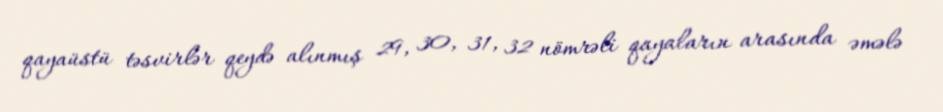
qayaüstü təsvirlər qeydə alınmış 29, 30, 31, 32 nömrəli qayaların arasında əmələ